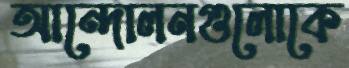
আন্দোলনগুলোকে